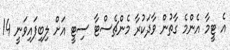
އެ ޓީމާ އެންމެ ގާތުން ވާދަކުރާ މެންޗެސްޓާ ސިޓީ އަށް ލިބިފައިވަނީ 14